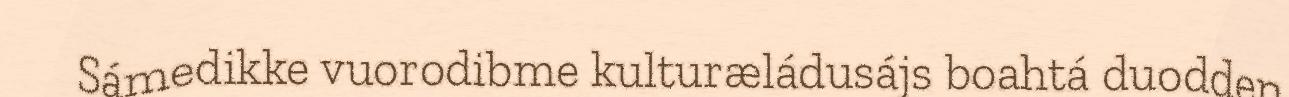
Sámedikke vuorodibme kulturæládusájs boahtá duodden